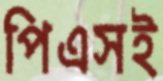
পিএসই